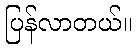
ပြန်လာတယ်။